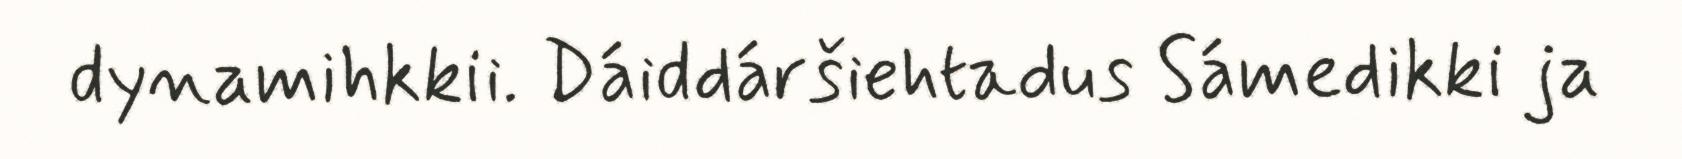
dynamihkkii. Dáiddáršiehtadus Sámedikki ja